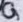
Text: G